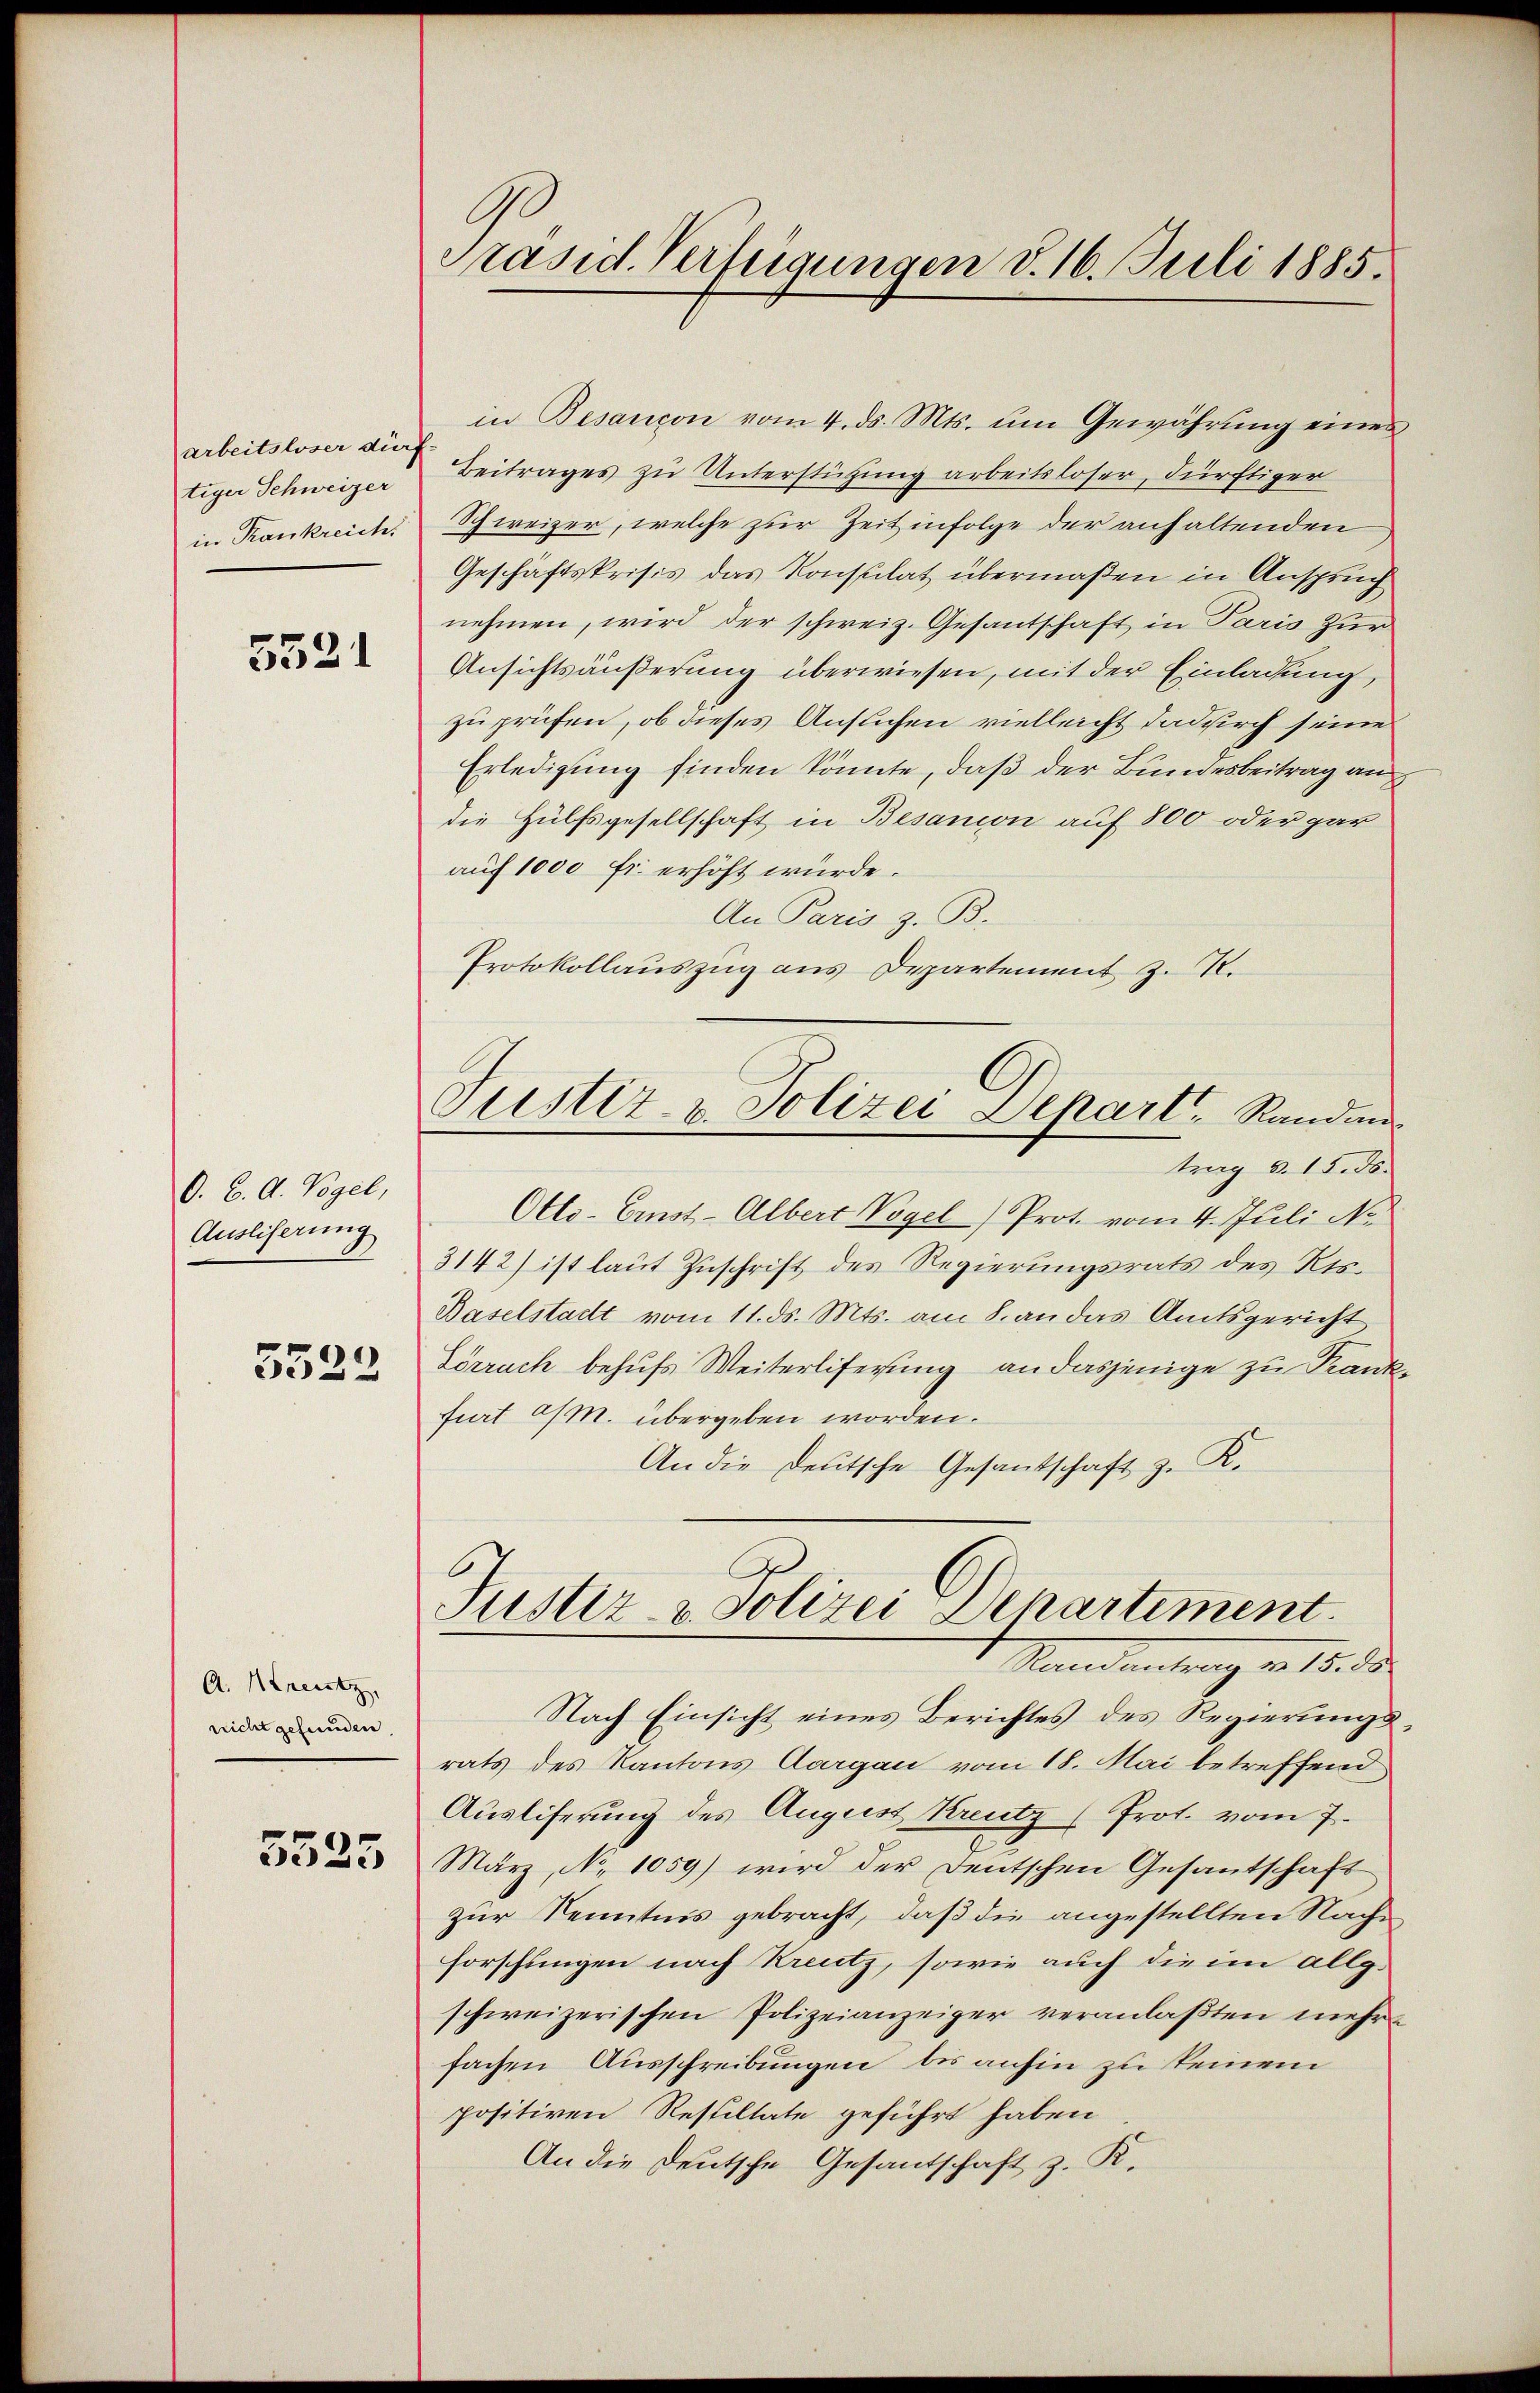
arbeitsloser dürf-
tiger Schweizer
in Krankreich

5521

O. B. A. Vogel,
Ausliserung
5522

A. Kreutz,
nicht gefunden.

5525

Präsid. Verfügungen d. 16. Juli 1885.

in Besançon vom 4. ds. Mts. um Gewährung eines
Beitrages zu Unterstützung arbeitsloser, dürftiger
Schweizer, welche zur Zeit infolge der anhaltenden
Geschäftskrisis das Konsulat übermaßen in Anspruch
nehmen, wird der schweiz. Gesantschaft in Paris zur
Ansichtsäußerung überwiesen, mit der Einladung,
zu prüfen, ob dieses Ansuchen vielleicht dadurch seine
Erledigung finden könnte, daß der Bundesbeitrag an
die Hülfsgesellschaft in Besanon auf 800 oder gar
auf 1000 fr. erhöht würde.
An Paris z. B.
Protokollauszug aus Departement z. R.
trag d. 15. ds.
Otto-Ernst-Albert Vogel Prot. vom 4. Juli No
3142) ist laut Zuschrift des Regierungsrats des Kts.
Baselstadt vom 11. ds. Mts. am 8. an das Amtsgericht
Lörrach behufs Weiterliferung an dasjenige zu Krankfurt a/M. übergeben worden.
An die Deutsche Gesantschaft z. K.
Justiz- u. Polizei Departement
Randantrag v. 15. 58.
Nach Einsicht eines Berichtes des Regierungsrats des Kantons Aargau vom 18. Mai betreffend
Ausliferung des August Kreutz (Prot. vom 7.
März, No 1059) wird der Deutschen Gesantschaft
zur Kenntnis gebracht, daß die angestellten Nach¬
Forschungen nach Kreutz, sowie auch die im allg.
schweizerischen Polizeianzeiger veranlaßten mehr
fachen Ausschreibungen bis anhin zu keinem
positiven Resultate geführt haben
An die Deutsche Gesandschaft z. R.

Justiz- u. Polizei Depart, Randan¬